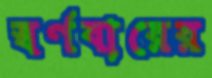
স্বর্ণবারের